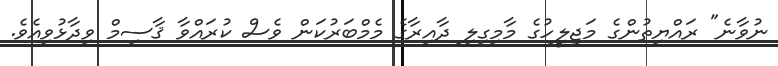
ނުވާނެ" ރައްޔިތުންގެ މަޖިލީހުގެ މާމިގިލި ދާއިރާގެ މެމްބަރުކަން ވެސް ކުރައްވާ ޤާސިމް ވިދާޅުވިއެވެ.